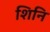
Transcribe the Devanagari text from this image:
शिनि